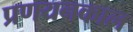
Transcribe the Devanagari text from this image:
प्रणयनकाल